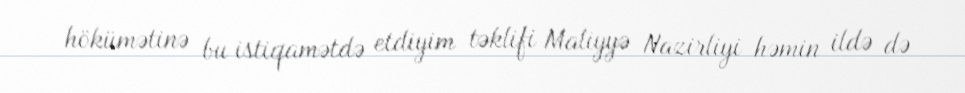
hökümətinə bu istiqamətdə etdiyim təklifi Maliyyə Nazirliyi həmin ildə də